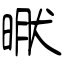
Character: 猒